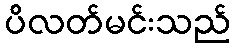
ပိလတ်မင်းသည်